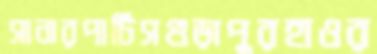
সানারপার্টিসগুড়াপুরহাওর